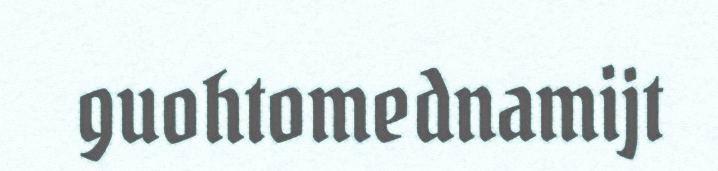
guohtomednamijt